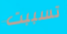
تسببت